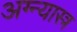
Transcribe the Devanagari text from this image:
अग्न्यास्त्र